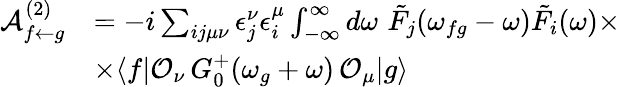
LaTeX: \begin{array}{rl}{\mathcal{A}_{f\leftarrow g}^{(2)}}&{=-i\sum_{ij\mu\nu}\epsilon_{j}^{\nu}\epsilon_{i}^{\mu}\int_{-\infty}^{\infty}d\omega\, \, \tilde{F}_{j}(\omega_{fg}-\omega)\tilde{F}_{i}(\omega)\times}\\ &{\times\langle f|\mathcal{O}_{\nu}\, G_{0}^{+}(\omega_{g}+\omega)\, \mathcal{O}_{\mu}|g\rangle}\end{array}